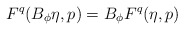
\begin{align*}F^q(B_\phi\eta,p) = B_\phi F^q(\eta,p)\end{align*}